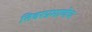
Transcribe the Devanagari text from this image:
तिवरप्रमाणेच